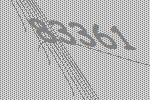
83361